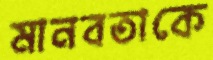
মানবতাকে